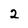
Character: 2